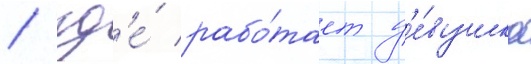
/ гд'е́ рабо́тает д'е́вушка